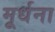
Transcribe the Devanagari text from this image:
मूर्धना